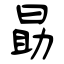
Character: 勗